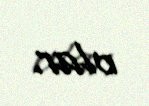
olar.